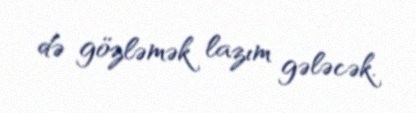
də gözləmək lazım gələcək.